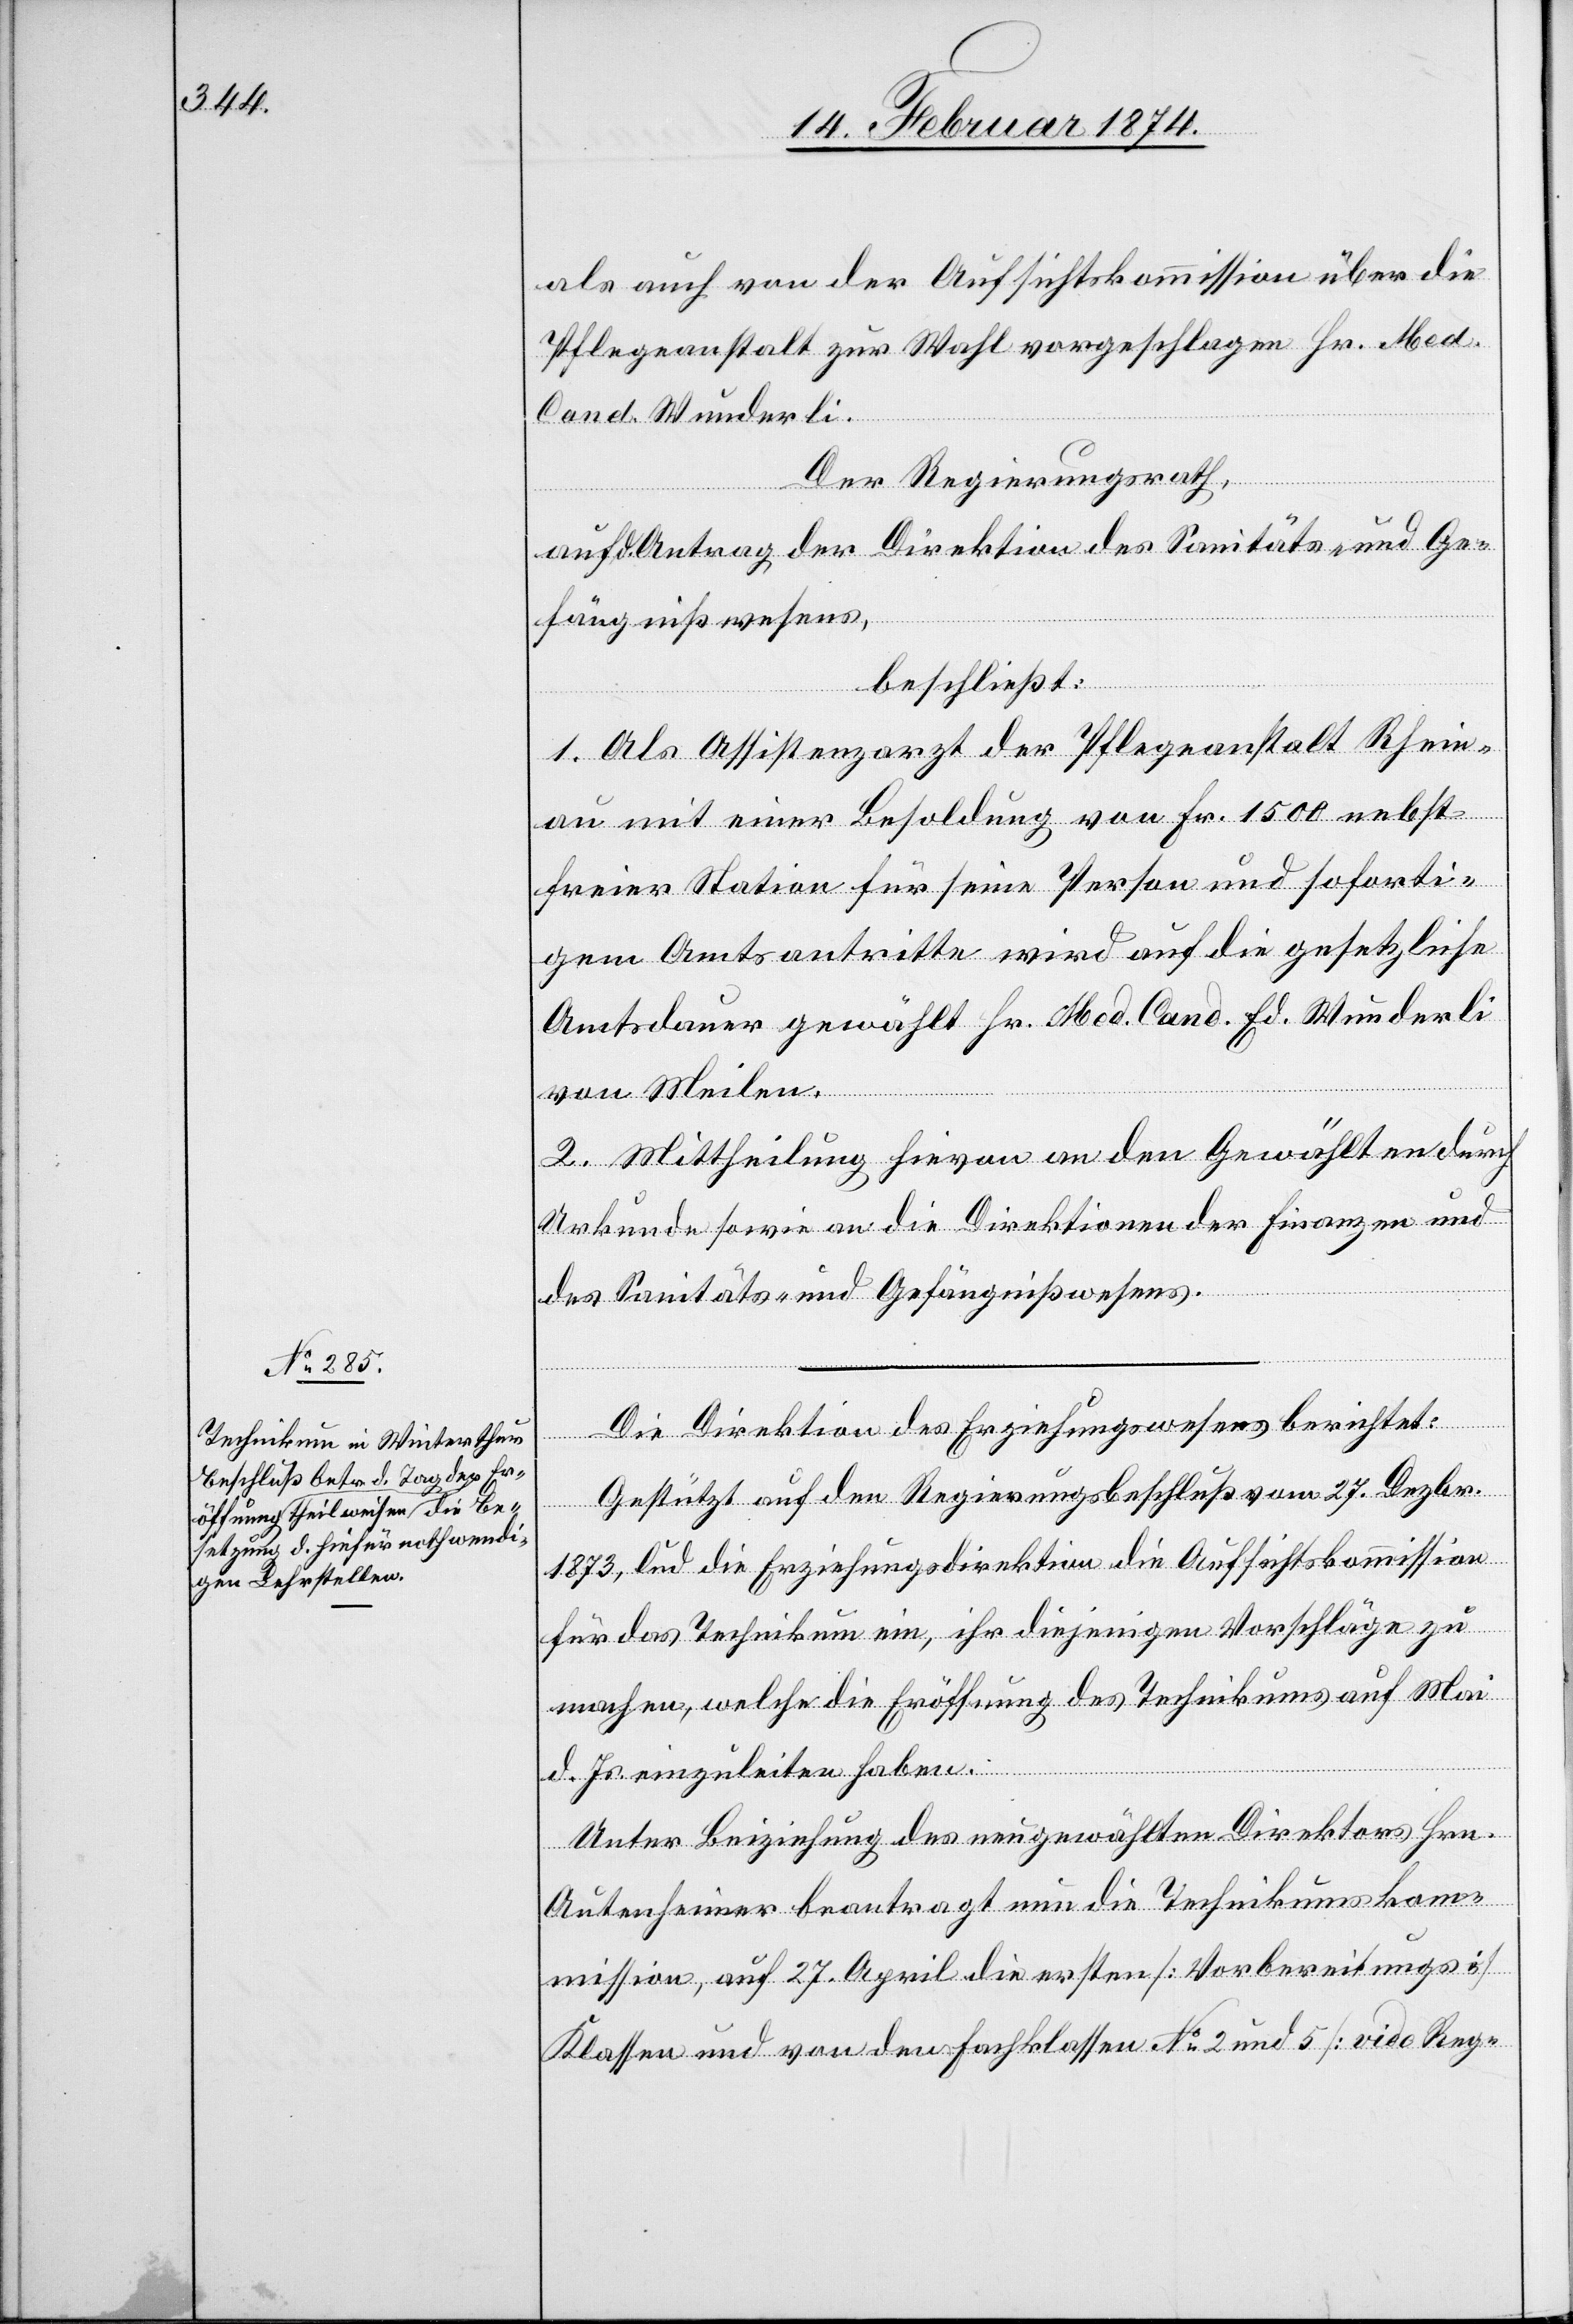
als auch von der Aufsichtskommission über die
Pflegeanstalt zur Wahl vorgeschlagen Hr. Med.
Cand. Wunderli.
Der Regierungsrath,
auf Antrag der Direktion des Sanitäts- und Ge¬
fängnißwesens,
beschließt:
1. Als Assistenzarzt der Pflegeanstalt Rhein¬
au mit einer Besoldung von Fr. 1500 nebst
seiner Station für seine Person und soforti¬
gen Amtsantritte wird auf die gesetzliche
Amtsdauer gewählt Hr. Med. Cand. Ed. Wunderli
von Meilen.
2. Mittheilung hievon an den Gewählten durch
Urkunde sowie an die Direktionen der Finanzen und
des Sanitäts- und Gefängnißwesens.
Die Direktion des Erziehungswesens berichtet:
Gestützt auf den Regierungsbeschluß vom 27. Dezbr.
1873, lud die Erziehungsdirektion die Aufsichtskommission
für das Technikum ein, ihr diejenigen Vorschläge zu
machen, welche die Eröffnung des Technikums auf Mai
d. Js. einzuleiten haben.
Unter Beiziehung des neugewählten Direktors Hrn.
Autenheimer beantragt nun die Technikumskom¬
mission, auf 27. April die ersten [Vorbereitungs]
Klassen und von den Fachklassen No 2 und 5 [vido Reg-